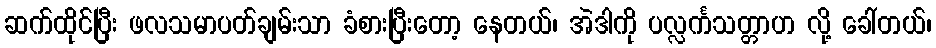
ဆက်ထိုင်ပြီး ဖလသမာပတ်ချမ်းသာ ခံစားပြီးတော့ နေတယ်၊ အဲဒါကို ပလ္လင်္ကသတ္တာဟ လို့ ခေါ်တယ်၊